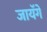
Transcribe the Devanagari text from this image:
जायॅगे